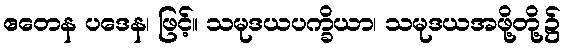
ဧတေန ပဒေန၊ ဖြင့်။ သမုဒယပက္ခိယာ၊ သမုဒယအဖို့တို့၌